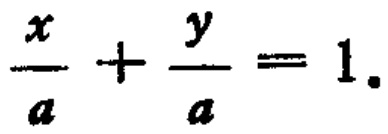
$\frac{x}{a}+\frac{y}{a}=1.$